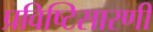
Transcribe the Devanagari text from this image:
प्रविष्टिसारणी